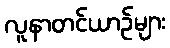
လူနာတင်ယာဉ်များ